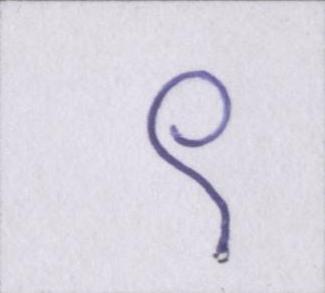
९